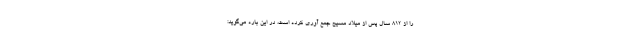
را از 812 سال پس از میلاد مسیح جمع آوری کرده است، در این باره می‌گوید: